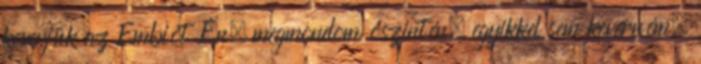
keverjük az Embiót Én, megmondom őszintén, egyikkel sem keverném.